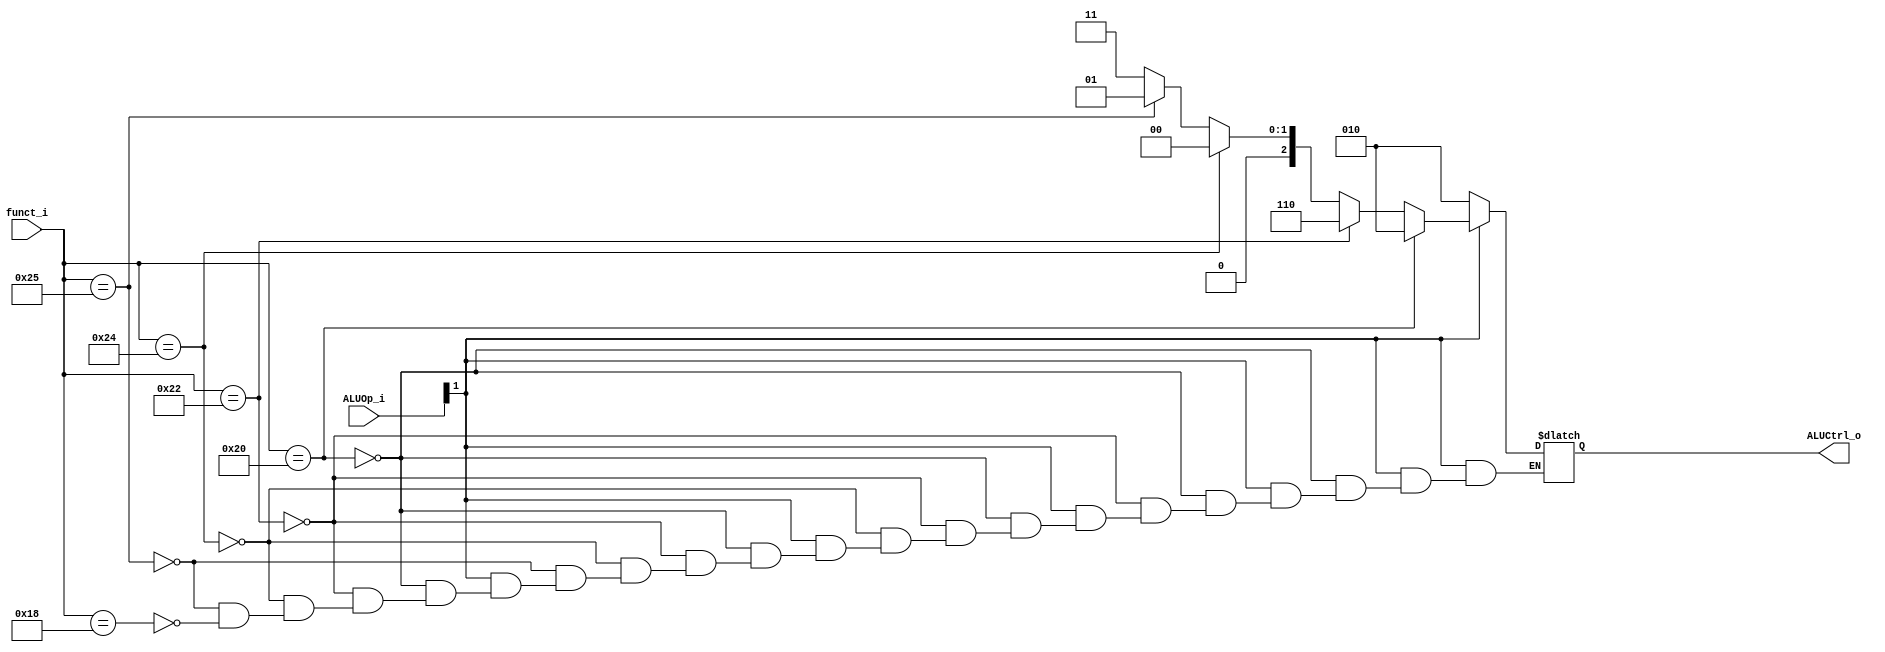
module ALU_Control(
    funct_i,
    ALUOp_i,
    ALUCtrl_o
);
input [5:0] funct_i;
input [1:0] ALUOp_i;
output reg [2:0] ALUCtrl_o;
always @(funct_i or ALUOp_i)begin
    if(~ALUOp_i[1])
        ALUCtrl_o=3'b010;
    else if(funct_i==6'b100000)
        ALUCtrl_o=3'b010;
    else if(funct_i==6'b100010)
        ALUCtrl_o=3'b110;
    else if(funct_i==6'b100100)
        ALUCtrl_o=3'b000;
    else if(funct_i==6'b100101)
        ALUCtrl_o=3'b001;
    else if(funct_i==6'b011000)
        ALUCtrl_o=3'b011;
end
endmodule